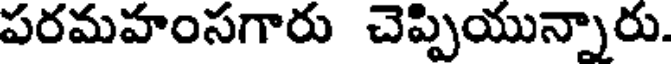
పరమహంసగారు చెప్పియున్నారు.